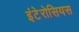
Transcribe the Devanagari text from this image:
इंटेरोसियस